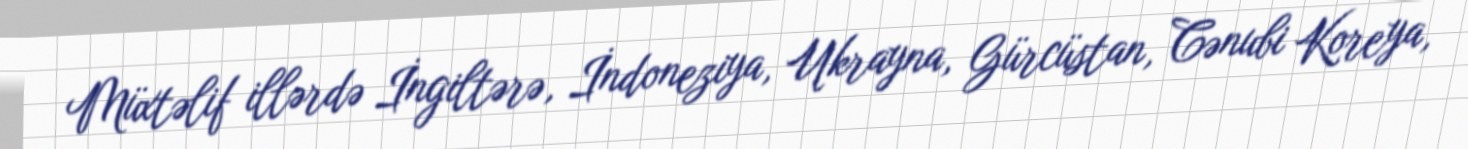
Müxtəlif illərdə İngiltərə, İndoneziya, Ukrayna, Gürcüstan, Cənubi Koreya,